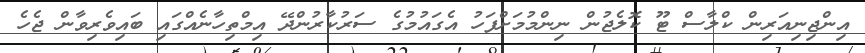
އިންޖިނިއަރިން ކްލާސް ޓޫ ކޮލެޖުން ނިންމުމަށްފަހު އެގައުމުގެ ސަރުކާރުންދޭ އިމްތިހާނެއްގައި ބައިވެރިވާން ޖެހެ